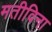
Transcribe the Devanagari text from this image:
मतीविना